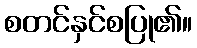
စတင်နှင်စပြု၏။